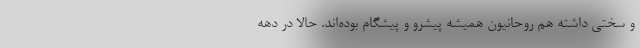
و سختی داشته هم روحانیون همیشه پیشرو و پیشگام بوده‌اند. حالا در دهه